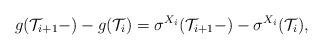
LaTeX: \begin{align*}g(\mathcal{T}_{i+1}-) - g(\mathcal{T}_i) = \sigma^{X_i}(\mathcal{T}_{i+1}-)-\sigma^{X_i}(\mathcal{T}_i),\end{align*}